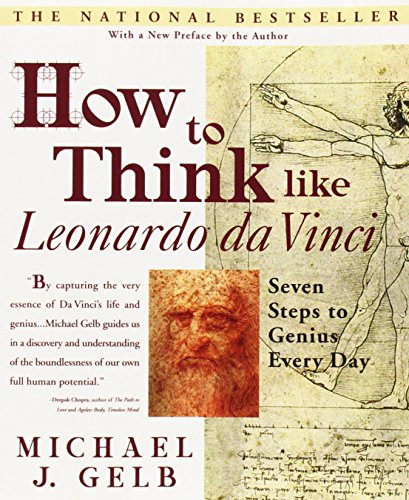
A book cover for How to Think Like Leonardo da Vinci: Seven Steps to Genius Every Day; Michael J. Gelb; Self-Help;